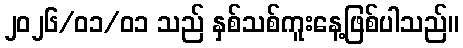
၂၀၂၆/၀၁/၀၁ သည် နှစ်သစ်ကူးနေ့ဖြစ်ပါသည်။